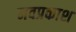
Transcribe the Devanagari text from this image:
नवप्रकाश